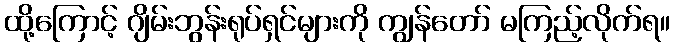
ထို့ကြောင့် ဂျိမ်းဘွန်းရုပ်ရှင်များကို ကျွန်တော် မကြည့်လိုက်ရ။